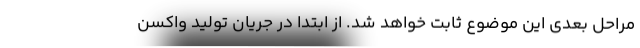
مراحل بعدی این موضوع ثابت خواهد شد. از ابتدا در جریان تولید واکسن